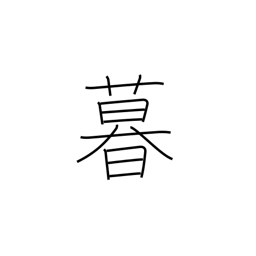
Meaning: livelihood